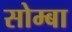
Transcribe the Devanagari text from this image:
सोम्बा